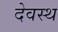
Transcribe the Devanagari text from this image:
देवस्थ